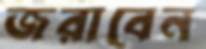
জরাবেন